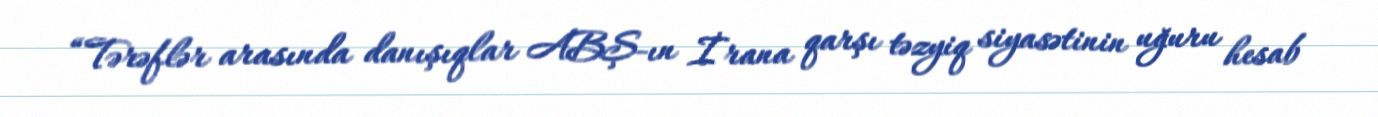
“Tərəflər arasında danışıqlar ABŞ-ın İrana qarşı təzyiq siyasətinin uğuru hesab